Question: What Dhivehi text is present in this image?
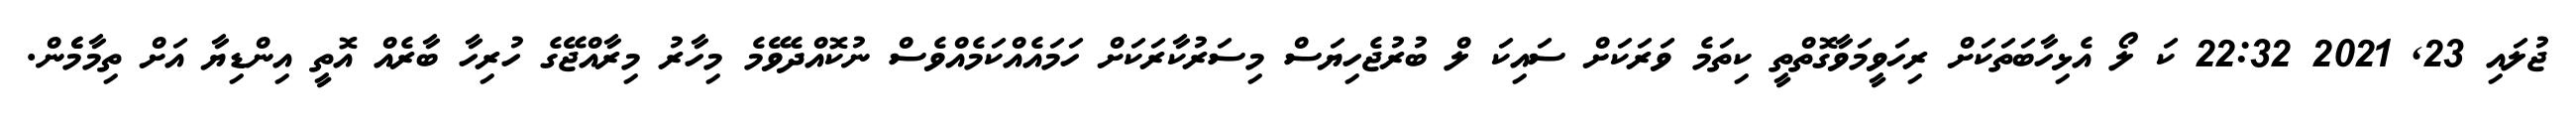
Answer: ޖުލައި 23, 2021 22:32 ކަ ލޯ އެޅިހާބަތަކަށް ރިހަވީމަވާގޮތްތީ ކިތަމެ ވަރަކަށް ސައިކަ ލް ބުރުޖެހިޔަސް މިސަރުކާރަކަށް ހަމައެއްކަމެއްވެސް ނުކޮއްދެވޭމެ މިހާރު މިރާއްޖޭގެ ހުރިހާ ބާރެއް އޮތީ އިންޑިޔާ އަށް ތިމާމެެން.